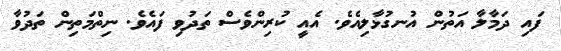
ފައި ދަމާލާ އަތުން އުނގުޅާލިއެވެ. އެއީ ކުރިންވެސް ތަދުވި ފައެވެ. ނިތްމަތިން ތަދުވާ